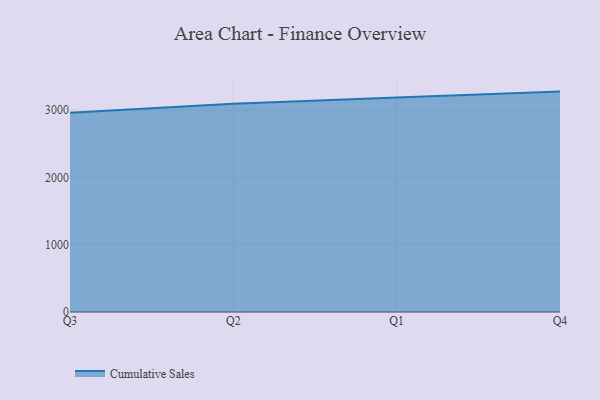
{"axis": {"x": "Quarter", "y": "Demand Index"}, "legend": ["Cumulative Sales"], "data": [{"x": "Q3", "y": 2960.7, "type": "Cumulative Sales"}, {"x": "Q2", "y": 3096.7, "type": "Cumulative Sales"}, {"x": "Q1", "y": 3188.7, "type": "Cumulative Sales"}, {"x": "Q4", "y": 3277.0, "type": "Cumulative Sales"}]}